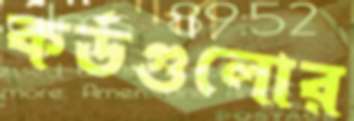
কর্ডগুলোর